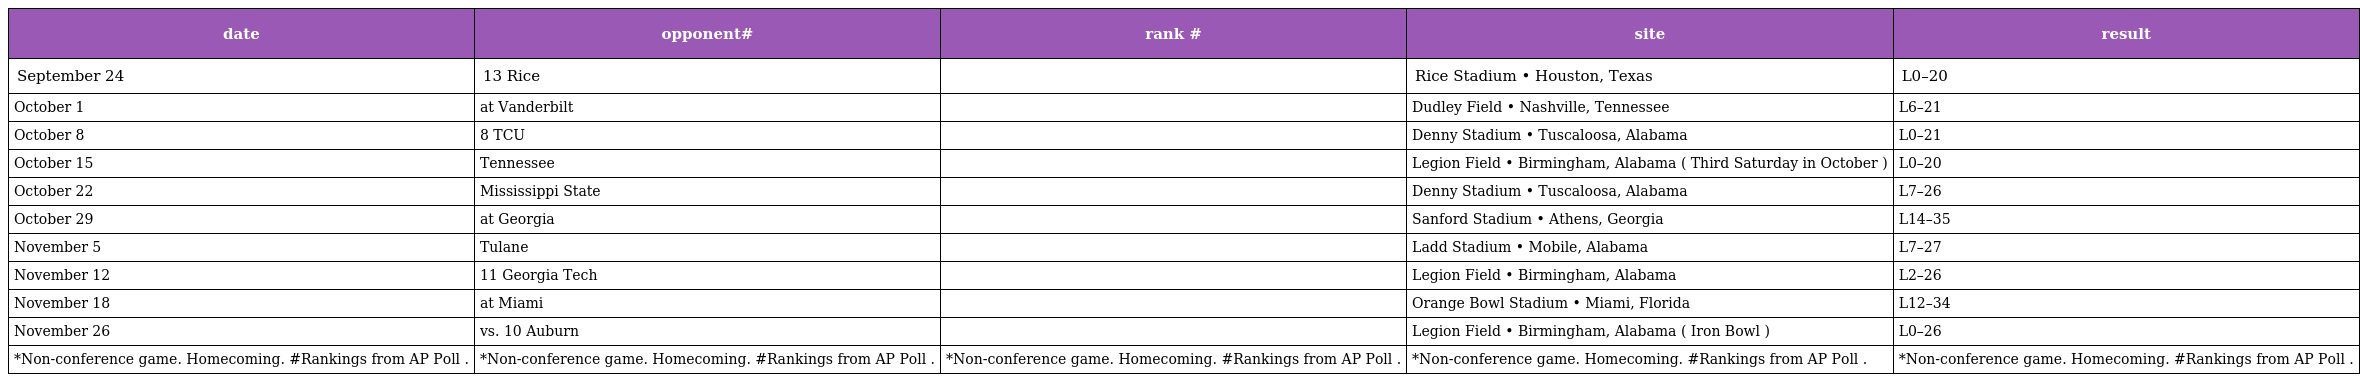
| date | opponent# | rank # | site | result |
 | --- | --- | --- | --- | --- |
 | September 24 | 13 Rice |  | Rice Stadium • Houston, Texas | L0–20 |
 | October 1 | at Vanderbilt |  | Dudley Field • Nashville, Tennessee | L6–21 |
 | October 8 | 8 TCU |  | Denny Stadium • Tuscaloosa, Alabama | L0–21 |
 | October 15 | Tennessee |  | Legion Field • Birmingham, Alabama ( Third Saturday in October ) | L0–20 |
 | October 22 | Mississippi State |  | Denny Stadium • Tuscaloosa, Alabama | L7–26 |
 | October 29 | at Georgia |  | Sanford Stadium • Athens, Georgia | L14–35 |
 | November 5 | Tulane |  | Ladd Stadium • Mobile, Alabama | L7–27 |
 | November 12 | 11 Georgia Tech |  | Legion Field • Birmingham, Alabama | L2–26 |
 | November 18 | at Miami |  | Orange Bowl Stadium • Miami, Florida | L12–34 |
 | November 26 | vs. 10 Auburn |  | Legion Field • Birmingham, Alabama ( Iron Bowl ) | L0–26 |
 | *Non-conference game. Homecoming. #Rankings from AP Poll . | *Non-conference game. Homecoming. #Rankings from AP Poll . | *Non-conference game. Homecoming. #Rankings from AP Poll . | *Non-conference game. Homecoming. #Rankings from AP Poll . | *Non-conference game. Homecoming. #Rankings from AP Poll . |